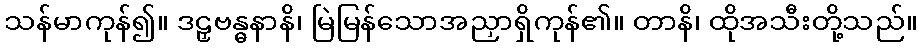
သန်မာကုန်၍။ ဒဠှဗန္ဓနာနိ၊ မြဲမြန်သောအညှာရှိကုန်၏။ တာနိ၊ ထိုအသီးတို့သည်။